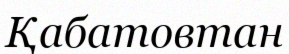
Қабатовтан